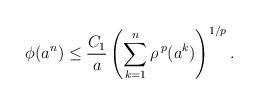
LaTeX: \begin{align*}\phi(a^n)\le \frac{C_1}{a}\left(\sum_{k=1}^n \rho^{\, p} (a^{k})\right)^{1/p}.\end{align*}